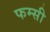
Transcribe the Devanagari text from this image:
फम्सी